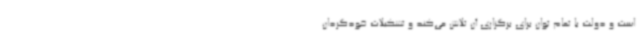
است و دولت با تمام توان برای برگزاری آن تلاش می‌کند و تشکیلات خودگردان